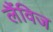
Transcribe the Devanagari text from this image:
लैंविज